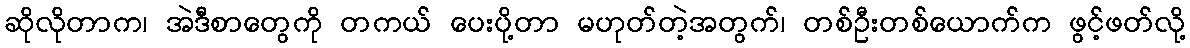
ဆိုလိုတာက၊ အဲဒီစာတွေကို တကယ် ပေးပို့တာ မဟုတ်တဲ့အတွက်၊ တစ်ဦးတစ်ယောက်က ဖွင့်ဖတ်လို့